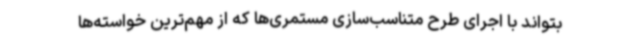
بتواند با اجرای طرح متناسب‌سازی مستمری‌ها که از مهم‌ترین خواسته‌ها